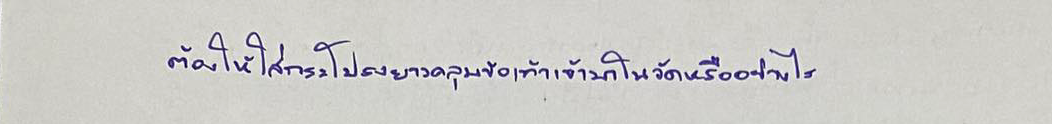
ต้องให้ใส่กระโปรงยาวคลุมข้อเท้าเข้ามาในวัดหรืออย่างไร